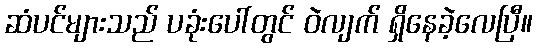
ဆံပင်များသည် ပခုံးပေါ်တွင် ဝဲလျက် ရှိနေခဲ့လေပြီ။